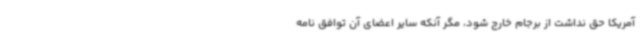
آمریکا حق نداشت از برجام خارج شود، مگر آنکه سایر اعضای آن توافق نامه